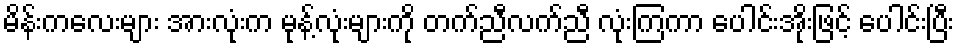
မိန်းကလေးများ အားလုံးက မုန့်လုံးများကို တက်ညီလက်ညီ လုံးကြကာ ပေါင်းအိုးဖြင့် ပေါင်းပြီး